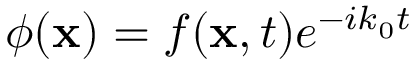
\phi ( \mathbf { x } ) = f ( \mathbf { x } , t ) e ^ { - i k _ { 0 } t }